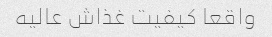
واقعا کیفیت غذاش عالیه